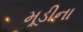
મૂડીના